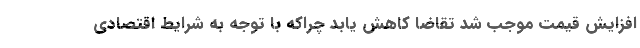
افزایش قیمت موجب شد تقاضا کاهش یابد چراکه با توجه به شرایط اقتصادی